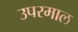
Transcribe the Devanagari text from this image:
उपरमाल